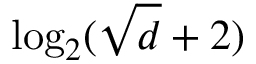
\log _ { 2 } ( \sqrt { d } + 2 )